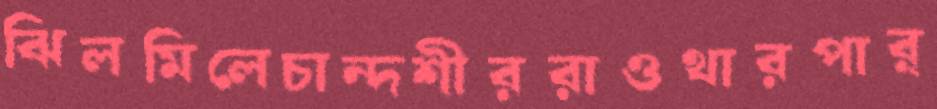
ঝিলমিলেচান্দশীররাওথারপার্